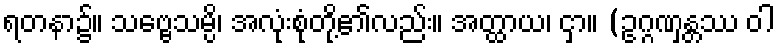
ရတနာ၌။ သဗ္ဗေသမ္ပိ၊ အလုံးစုံတို့၏လည်း။ အတ္ထာယ၊ ငှာ။ (ဥဂ္ဂဏှန္တဿ ဝါ